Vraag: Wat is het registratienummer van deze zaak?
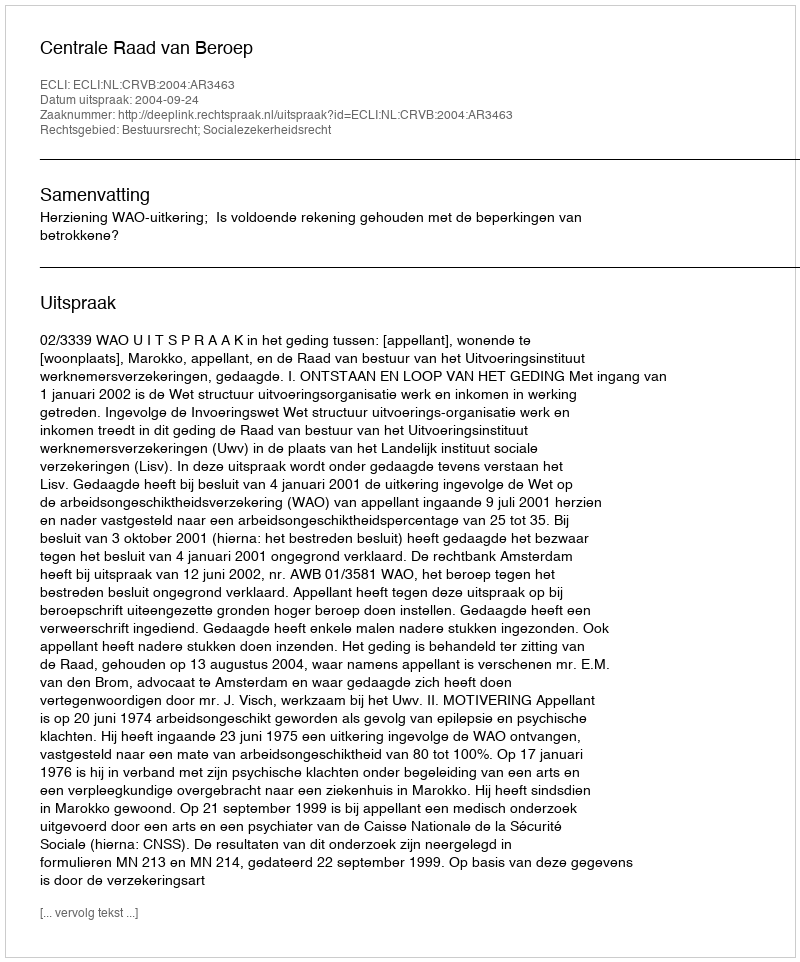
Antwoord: http://deeplink.rechtspraak.nl/uitspraak?id=ECLI:NL:CRVB:2004:AR3463